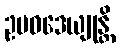
ဥပဝဒေယျုန္တိ